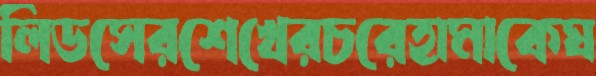
লিডসেরশেখেরচরেহামাকেঘ